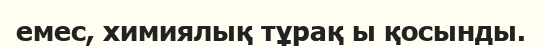
емес, химиялық тұрақ ы қосынды.